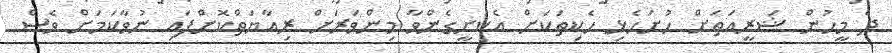
ދެ މީހުން ޝަރީއަތަށް ހުށަހެޅި ހެކިތަކަށް އެކަށީގެންވާ މިންވަރަށް ރިއާޔަތްކޮށްފައި ނުވާކަމަށް ވެސް